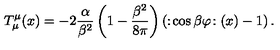
T _ { \mu } ^ { \mu } ( x ) = - 2 \frac { \alpha } { \beta ^ { 2 } } \left( 1 - \frac { \beta ^ { 2 } } { 8 \pi } \right) \left( : \! \cos \beta \varphi \! : ( x ) - 1 \right) .